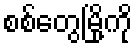
စစ်တွေမြို့ကို